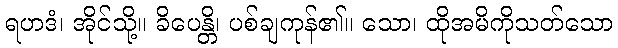
ရဟဒံ၊ အိုင်သို့။ ခိပေန္တိ၊ ပစ်ချကုန်၏။ သော၊ ထိုအမိကိုသတ်သော